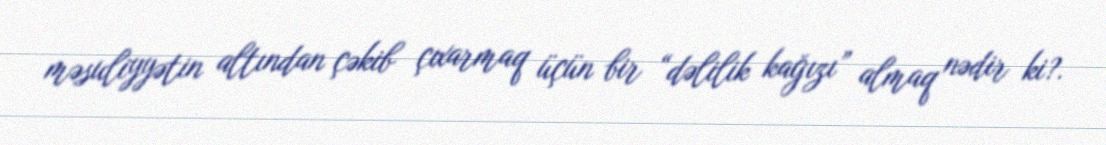
məsuliyyətin altından çəkib çıxarmaq üçün bir “dəlilik kağızı” almaq nədir ki?.